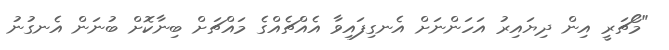
"މޯޗަރީ އިން ދިޔައިރު އަހަންނަށް އެނގިފައިވާ އެއްޗެއްގެ މައްޗަށް ބިނާކޮށް ބުނަން އެނގުނު